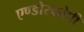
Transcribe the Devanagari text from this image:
एण्डोस्कोपी